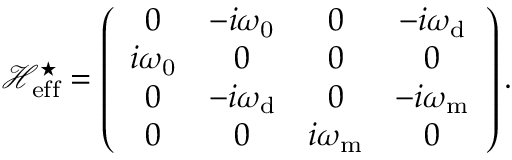
\mathcal { H } _ { \mathrm { { e f f } } } ^ { \star } = \left( \begin{array} { c c c c } { 0 } & { - i \omega _ { \mathrm { 0 } } } & { 0 } & { - i \omega _ { \mathrm { d } } } \\ { i \omega _ { \mathrm { 0 } } } & { 0 } & { 0 } & { 0 } \\ { 0 } & { - i \omega _ { \mathrm { d } } } & { 0 } & { - i { \omega } _ { \mathrm { m } } } \\ { 0 } & { 0 } & { i { \omega } _ { \mathrm { m } } } & { 0 } \end{array} \right) .